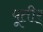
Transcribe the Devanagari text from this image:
पूतीर्